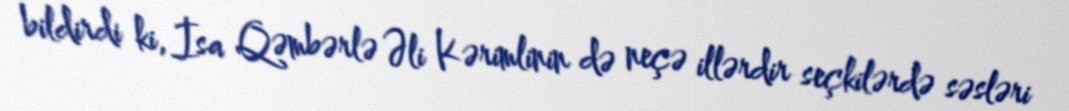
bildirdi ki, İsa Qəmbərlə Əli Kərimlinin də neçə illərdir seçkilərdə səsləri